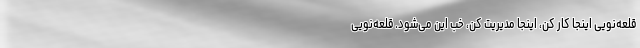
قلعه‌نویی اینجا کار کن، اینجا مدیریت کن، خب این می‌شود. قلعه‌نویی